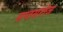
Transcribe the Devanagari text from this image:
सप्तसरोज